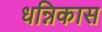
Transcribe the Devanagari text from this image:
धन्निकास